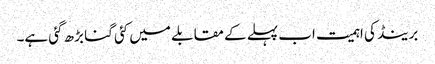
برینڈ کی اہمیت اب پہلے کے مقابلے میں کئی گنا بڑھ گئی ہے۔